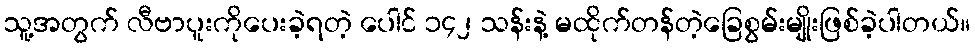
သူ့အတွက် လီဗာပူးကိုပေးခဲ့ရတဲ့ ပေါင် ၁၄၂ သန်းနဲ့ မထိုက်တန်တဲ့ခြေစွမ်းမျိုးဖြစ်ခဲ့ပါတယ်။